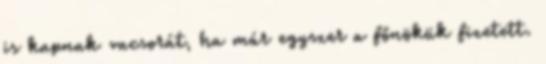
is kapnak vacsorát, ha már egyszer a főnökük fizetett.